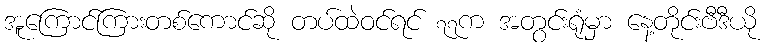
အူကြောင်ကြားတစ်ကောင်ဆို တပ်ထဲဝင်ရင် ၇၇က အတွင်းရုံမှာ နေ့တိုင်းဗီဒီယို